Annual report on the Civil Veterinary Department, Burma (including the Insein Veterinary School) - 1910-1922
Year: 1910
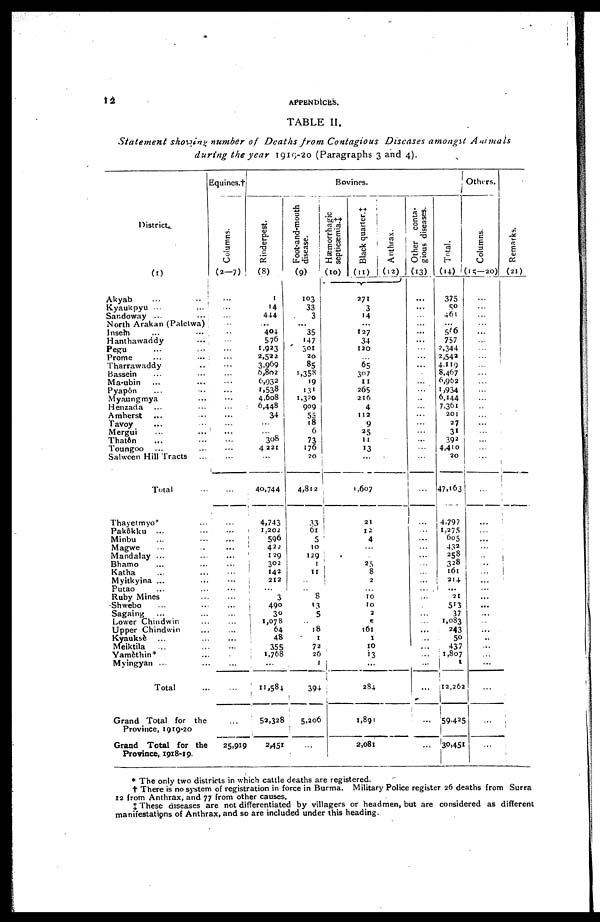
12
APPENDICES.
TABLE II.
Statement showing number of Deaths from Contagious Diseases amongst
Animals
during the year 1919-20 (Paragraphs 3 and 4).
District.
(1)
Akyab ... ...
Kyaukpyu ... ...
Sandoway ... ...
North Arakan (Paletwa)
Insein ... ...
Hanthawaddy ...
Pegu ... ...
Prome ... ...
Tharrawaddy ...
Bassein ... ...
Ma-ubin ... ...
Pyapôn ... ...
Myaungmya ...
Henzada ... ...
Amherst ... ...
Tavoy ... ...
Mergui ... ...
Thatôn ... ...
Toungoo ... ...
Sahween Hill Tracts ...
Total
Thayetmyo* ...
Pakôkku ... ...
Minbu ... ...
Magwe ... ...
Mandalay ... ...
Bhamo ... ...
Katha ... ...
Myitkyina ... ...
Putao ... ...
Ruby Mines ... ...
Shwebo ... ...
Sagaing ... ...
Lower Chindwin ...
Upper Chindwin ... ...
Kyauksè ... ...
Meiktila ... ...
Yamèthin* ...
Myingyan ... ...
Total ...
Grand Total for the
Province, 1919-20
Grand Total for the
Province, 1918-19.
Equines.†
Columns.
(2-7)
...
...
...
...
...
...
...
...
...
...
...
...
...
...
...
...
...
...
...
...
...
... ...
...
...
...
...
...
...
...
...
...
...
...
...
...
...
...
...
...
25,919
Bovines.
Rinderpest.
(8)
1
14
444
...
404
576
1,923
2,522
3,969
6,802
6,932
1,538
4,608
6,448
34
...
...
308
4,221
...
40,744
4,743
1,202
596
422
129
302
142
212
3
490
30
1,078
64
48
355
1,768
...
11,584
52,328
2,451
Foot-and-mouth
disease.
(9)
103
33
3
...
35
147
301
20
85
1,358
19
131
1,370
909
55
18
6
73
176
20
4,812
33
61
5
10
129
1
11
...
...
8
13
5
... ..
1
72
26
1
394
5,206
...
Hæmorrhagic
septicæmia.†
(10)
Black
quarter.‡
(11)
Anthrax.
(12)
271
3
4
...
127
34
120
...
65
307
11
265
216
4
112
9
25
11
13
...
1,607
...
21
...
12 ...
4
...
... ...
...
25 ...
8 ...
2
...
... ...
10 ...
10 ...
2
...
5
...
161 ...
1
...
10 ...
13
...
...
...
284
...
...
...
...
...
1,891
2,081
Other conta-
gious diseases.
(13)
...
...
...
...
...
...
...
...
...
...
...
...
...
...
...
...
...
...
...
...
...
...
...
...
...
...
...
...
...
...
...
...
..
...
...
...
...
...
...
Total.
(14)
375
50
461
...
566
757
2,344
2,542
4,119
8,467
6,962
1,934
6,144
7,361
201
27
31
392
4,410
20
47,163
4,797
1,275
605
432
258
328
161
214
...
21
513
37
1,083
243
50
437
1,807
...
12,262
59,425
30,451
Others.
Columns.
(15—20)
...
...
...
...
...
...
...
...
...
...
...
...
...
...
...
...
...
...
...
...
...
...
... ...
...
...
...
...
...
...
...
...
...
...
...
..
...
...
...
...
...
...
Remarks.
(21)
* The only two districts in which cattle deaths are registered.
† There is no system of registration in force in Burma. Military Police register 26 deaths from Surra
12 from Anthrax, and 77 from other causes.
‡ These diseases are not differentiated by villagers or headmen, but are considered as different
manifestations of Anthrax, and so are included under this heading.